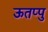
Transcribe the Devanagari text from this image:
ऊतप्पु